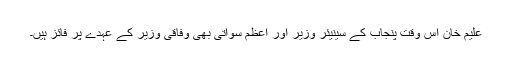
علیم خان اس وقت پنجاب کے سینیئر وزیر اور اعظم سواتی بھی وفاقی وزیر کے عہدے پر فائز ہیں۔